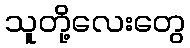
သူတို့လေးတွေ